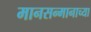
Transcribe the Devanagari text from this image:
मानसन्मानाच्या